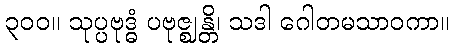
၃၀၀။ သုပ္ပဗုဒ္ဓံ ပဗုဇ္ဈန္တိ၊ သဒါ ဂေါတမသာဝကာ။